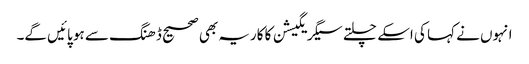
انہوں نے کہا کی اسکے چلتے سیگریگیشن کا کاریہ بھی صحیح ڈھنگ سے ہو پائیں گے۔